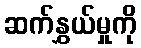
ဆက်နွှယ်မှုကို